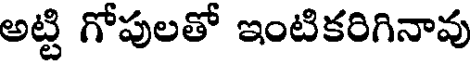
అట్టి గోపులతో ఇంటికరిగినావు